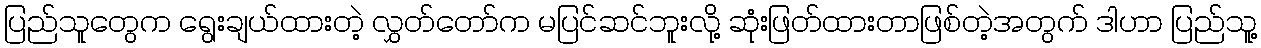
ပြည်သူတွေက ရွေးချယ်ထားတဲ့ လွှတ်တော်က မပြင်ဆင်ဘူးလို့ ဆုံးဖြတ်ထားတာဖြစ်တဲ့အတွက် ဒါဟာ ပြည်သူ့